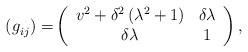
\begin{align*}{\normalsize (g}_{ij}{\normalsize )=}\left(\begin{array}[c]{cc}v^{2}+\delta^{2}\left( \lambda^{2}+1\right) & \delta \lambda \\\delta \lambda & 1\end{array}\right) , \end{align*}